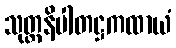
သုတ္တနိပါတဋ္ဌကထာယံ